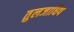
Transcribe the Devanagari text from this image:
तुलजाधिप